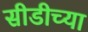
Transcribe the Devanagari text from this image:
सीडीच्या